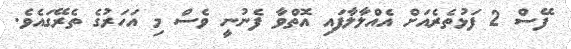
ފޭސް 2 ފަޅުތެރެއަށް އެއްލާލާފައި އޮތްވާ ފެނުނީ ވެސް މި އަހަރުގެ ތެރޭގައެވެ.